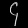
Digit: ၄